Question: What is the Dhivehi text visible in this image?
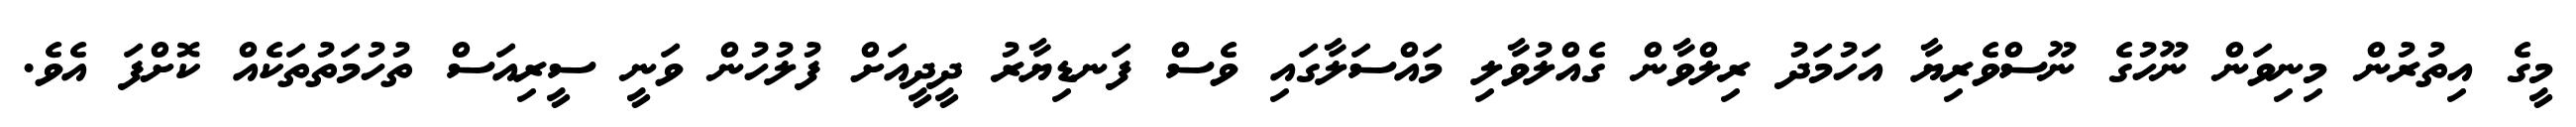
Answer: މީގެ އިތުރުން މިނިވަން ނޫހުގެ ނޫސްވެރިޔާ އަހުމަދު ރިލްވާން ގެއްލުވާލި މައްސަލާގައި ވެސް ފަނޑިޔާރު ދީދީއަށް ފުލުހުން ވަނީ ސީރިއަސް ތުހުމަތުތަކެއް ކޮށްފަ އެވެ.